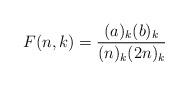
LaTeX: \begin{align*}F(n, k) = \frac{(a)_k (b)_k}{(n)_k (2 n)_k}\end{align*}